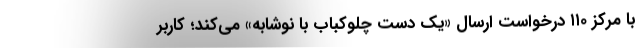
با مرکز ۱۱۰ درخواست ارسال «یک دست چلوکباب با نوشابه» می‌کند؛ کاربر